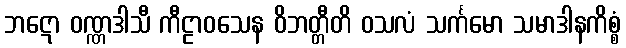
ဘဋော ဝဏ္ဏဒါသီ ကီဠာဝသေန ဝိဘတ္တီတိ ဝသလံ သင်္ကမော သမာဒါနကိစ္စံ